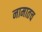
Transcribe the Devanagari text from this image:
नामातच